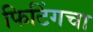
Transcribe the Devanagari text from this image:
फिटिंगचा